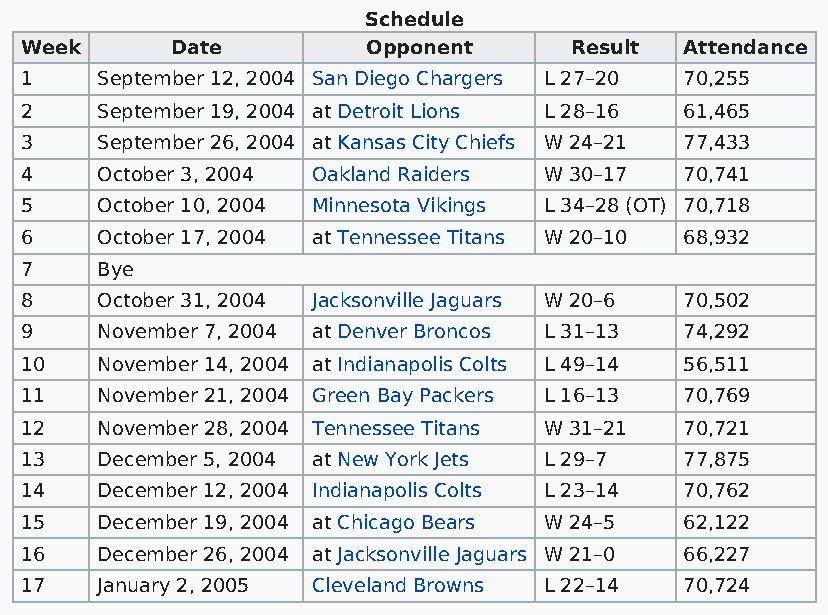
Schedule
 Week      Date         Opponent      Result Attendance
 1    September 12, 2004 San Diego Chargers L 27–20 70,255
 2    September 19, 2004 at Detroit Lions L 28–16 61,465
 3    September 26, 2004 at Kansas City Chiefs W 24–21 77,433
 4    October 3, 2004 Oakland Raiders W 30–17 70,741
 5    October 10, 2004 Minnesota Vikings L 34–28 (OT) 70,718
 6    October 17, 2004 at Tennessee Titans W 20–10 68,932
 7    Bye
 8    October 31, 2004 Jacksonville Jaguars W 20–6 70,502
 9    November 7, 2004 at Denver Broncos L 31–13 74,292
 10   November 14, 2004 at Indianapolis Colts L 49–14 56,511
 11   November 21, 2004 Green Bay Packers L 16–13 70,769
 12   November 28, 2004 Tennessee Titans W 31–21 70,721
 13   December 5, 2004 at New York Jets L 29–7 77,875
 14   December 12, 2004 Indianapolis Colts L 23–14 70,762
 15   December 19, 2004 at Chicago Bears W 24–5 62,122
 16   December 26, 2004 at Jacksonville Jaguars W 21–0 66,227
 17   January 2, 2005 Cleveland Browns L 22–14 70,724